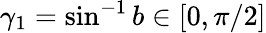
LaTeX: \gamma_{1}=\sin^{-1}b\in[0,\pi/2]